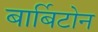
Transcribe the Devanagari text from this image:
बार्बिटोन